V__Kingissepa_nim__kolhoos, lk 94
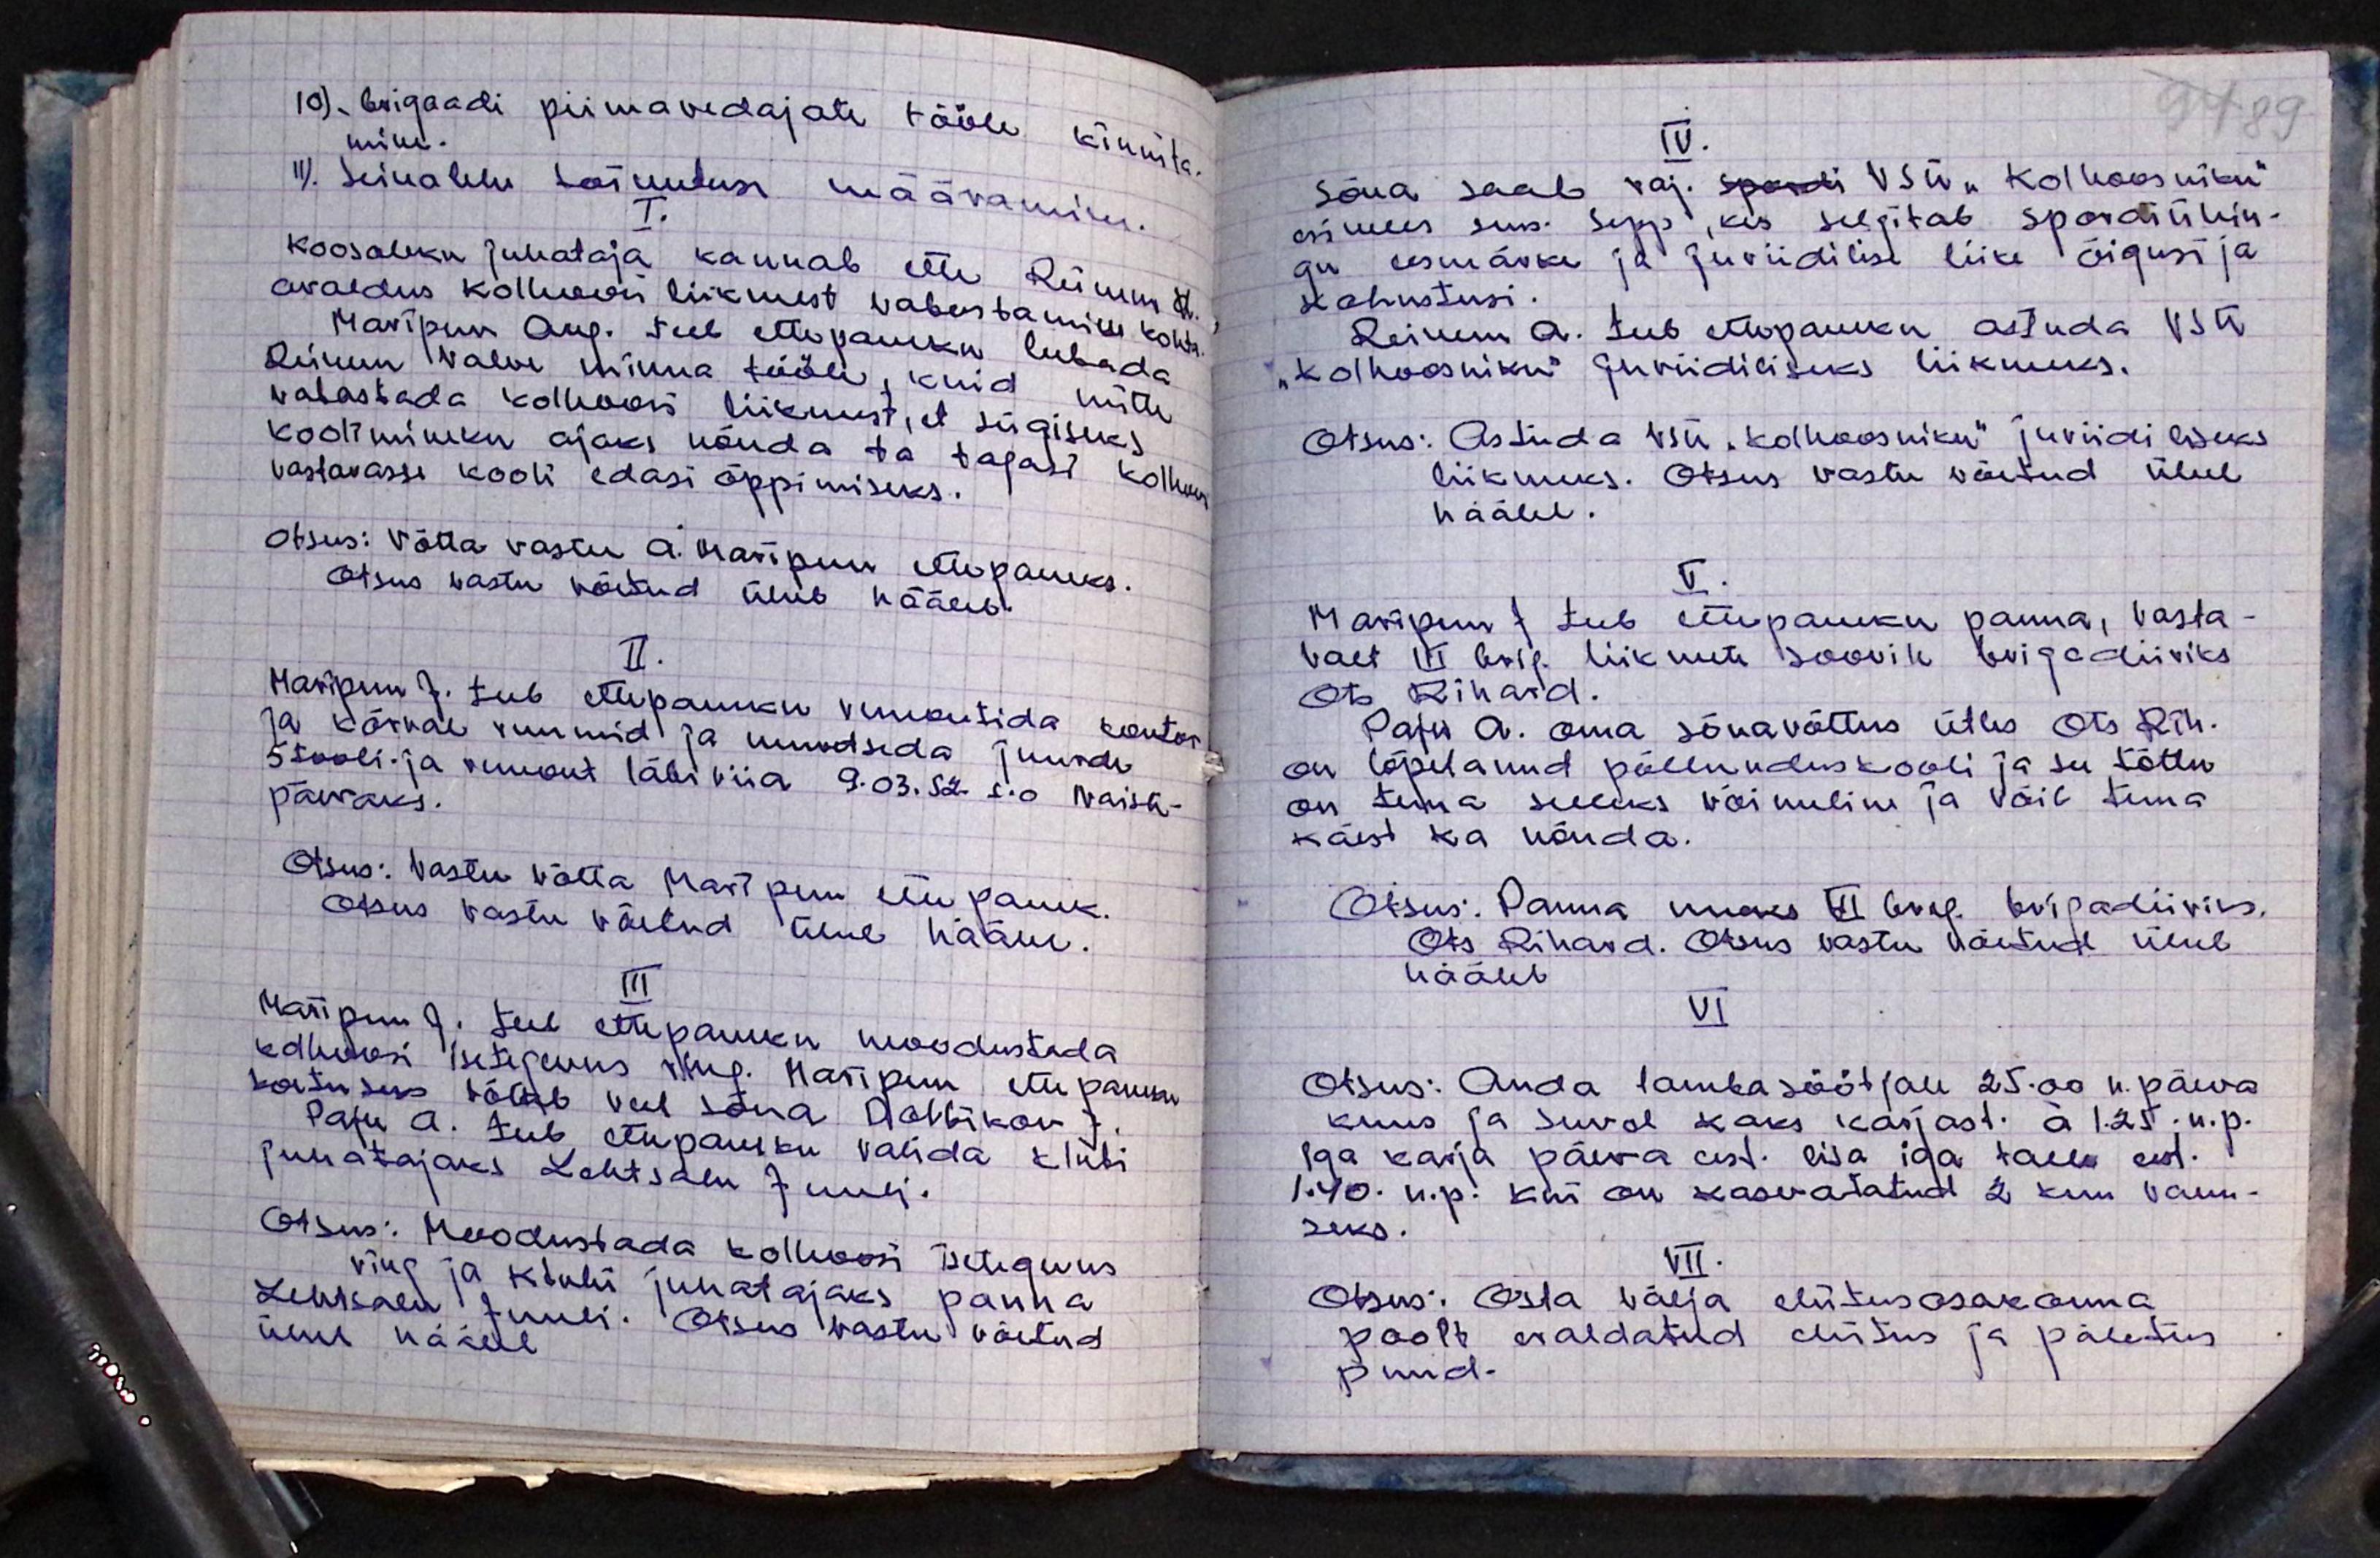
10). brigaadi piimavedajate tööle kinnita-
mine.
11). Seinalehe toimetuse määramine.
I.
Koosoleku juhataja kannab ette Reinem
avaldus kolhoosi liikmest vabastamise kohta
Maripuu Aug. Teeb ettepaneku lubada
Reinem Valve linna tööle, kuid mitte
vabastada kolhoosi liikmest, et sügiseks
koolimineku ajaks nõuda ta tagasi kolhoosi
vastavasse kooli edasi õppimiseks.
Otsus: Võtta vastu A. Maripuu ettepaneks.
Otsus vastu võetud ühel häälel.
II.
Maripuu J. teeb ettepaneku remontida kontor
ja kõrval ruumid ja muretseda juurde
5 tooli- ja remont läbi viia 9.03.52 s.o naiste-
päevaks.
Otsus: Vastu võtta Maripuu ettepanek.
otsus vastu võetud ühel häälel.
III
Maripuu J. Teeb ettepaneku moodustada
isetegevus ring. Maripuu ettepanek
tõetusus võtab veel sõna Dolbikov J.
Paju A. teeb ettepaneku valida klubi
juhatajaks Lehtsalu Juuli.
Otsus: Moodustada kolhoosi isetegevus
ring ja klubi juhatajaks panna
Lehtsalu Juuli. Otsus vastu võetud
ühel häälel

IV.
99 89
Sõna saab raj. spordi VSÜ "Kolhoosniku"
esimees sms. Sepp, kes selgitab spordiühin-
gu eesmärke ja Juriidilist liike õigusi ja
kohustusi.
Reinem A. teeb ettepaneku astuda VSÜ
"Kolhoosniku" Juriidiliseks liikmeks.
Otsus: Astuda VSÜ "Kolhoosniku" juriidiliseks
liikmeks. Otsus vastu võetud ühel
häälel.
V.
Marpuu J. teeb ettepaneku panna, vasta-
valt III brig. liikmete soovile brigadiiriks
Ots Rihard.
Paju A. oma sõnavõttus ütles Ots Rih.
on lõpetanud põllunduskooli ja see tõttu
on tema selleks võimline ja võib tema
käest ka nõuda.
Otsus. Panna uueks III brig. brigadiiriks.
Ots Rihard. Otsus vastu võetud ühel
häälel
VI
Otsus: Anda lambasöötjale 25.00 n.päeva
kuus ja suvel kaks karjast. á 1.25 n.p.
iga karja päeva eest lisa iga talle eest.
1.40. n.p. kui on kasvatatud 2 kuu vanu-
seks.
VII.
Otsus: Osta välja ehitusosakonna
poolt eraldatud ehitus ja põletus
puud.